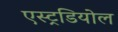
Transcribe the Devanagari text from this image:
एस्ट्रडियोल